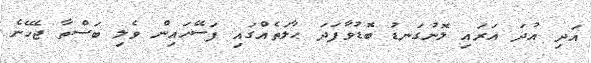
އަދި އުދަ އަރައި ލޮނުގަނޑު ބޮޑުވާފަދަ ޙާލަތެއްގައި ފަސޭހައިން ވެލި ބަސްތާ ޖެހޭނެ